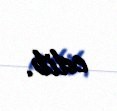
edib.